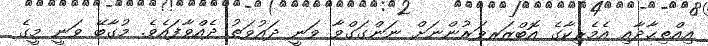
އިއްތިޙާދާއި އެމެރިކާގެ އޮބްޒަރވަރުންނަށް ނަންގަގްވާ ވަނީ ދައުވަތު ދެއްވާފައެވެ. މުގާބޭ ވަނީ މީގެ